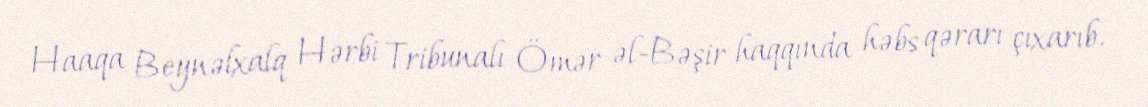
Haaqa Beynəlxalq Hərbi Tribunalı Ömər əl-Bəşir haqqında həbs qərarı çıxarıb.